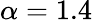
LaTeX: \alpha=1.4